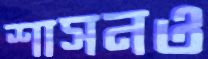
শাসনও